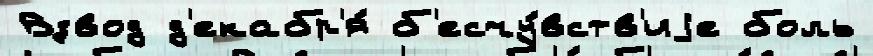
Взвод д'екабр'я́ б'есчу́вств'иjе боль